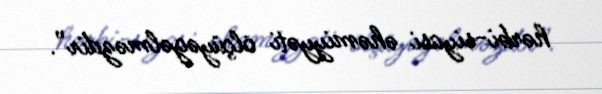
hərbi-siyasi əhəmiyyəti ölçüyəgəlməzdir”.